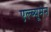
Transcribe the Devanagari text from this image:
एल्ब्यूमेन